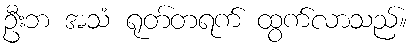
ဦးဘ အသံ ရုတ်တရက် ထွက်လာသည်။